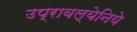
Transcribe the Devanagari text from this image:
उप्रावल्येनिये